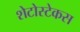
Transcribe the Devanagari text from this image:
शेटोस्टेकस